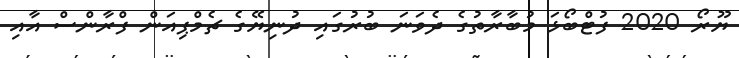
ޔޫރޯ 2020 ފުޓްބޯޅަ މުބާރާތުގެ ދެވަނަ ބުރުގައި ދުނިޔޭގެ ޗެމްޕިއަން ފްރާންސް އާއި